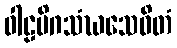
ဝါဠမိဂသံဃသေဝိတံ